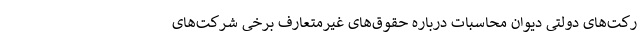
رکت‌های دولتی دیوان محاسبات درباره حقوق‌های غیرمتعارف برخی شرکت‌های